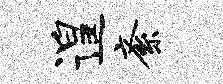
遑紊